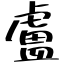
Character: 盧